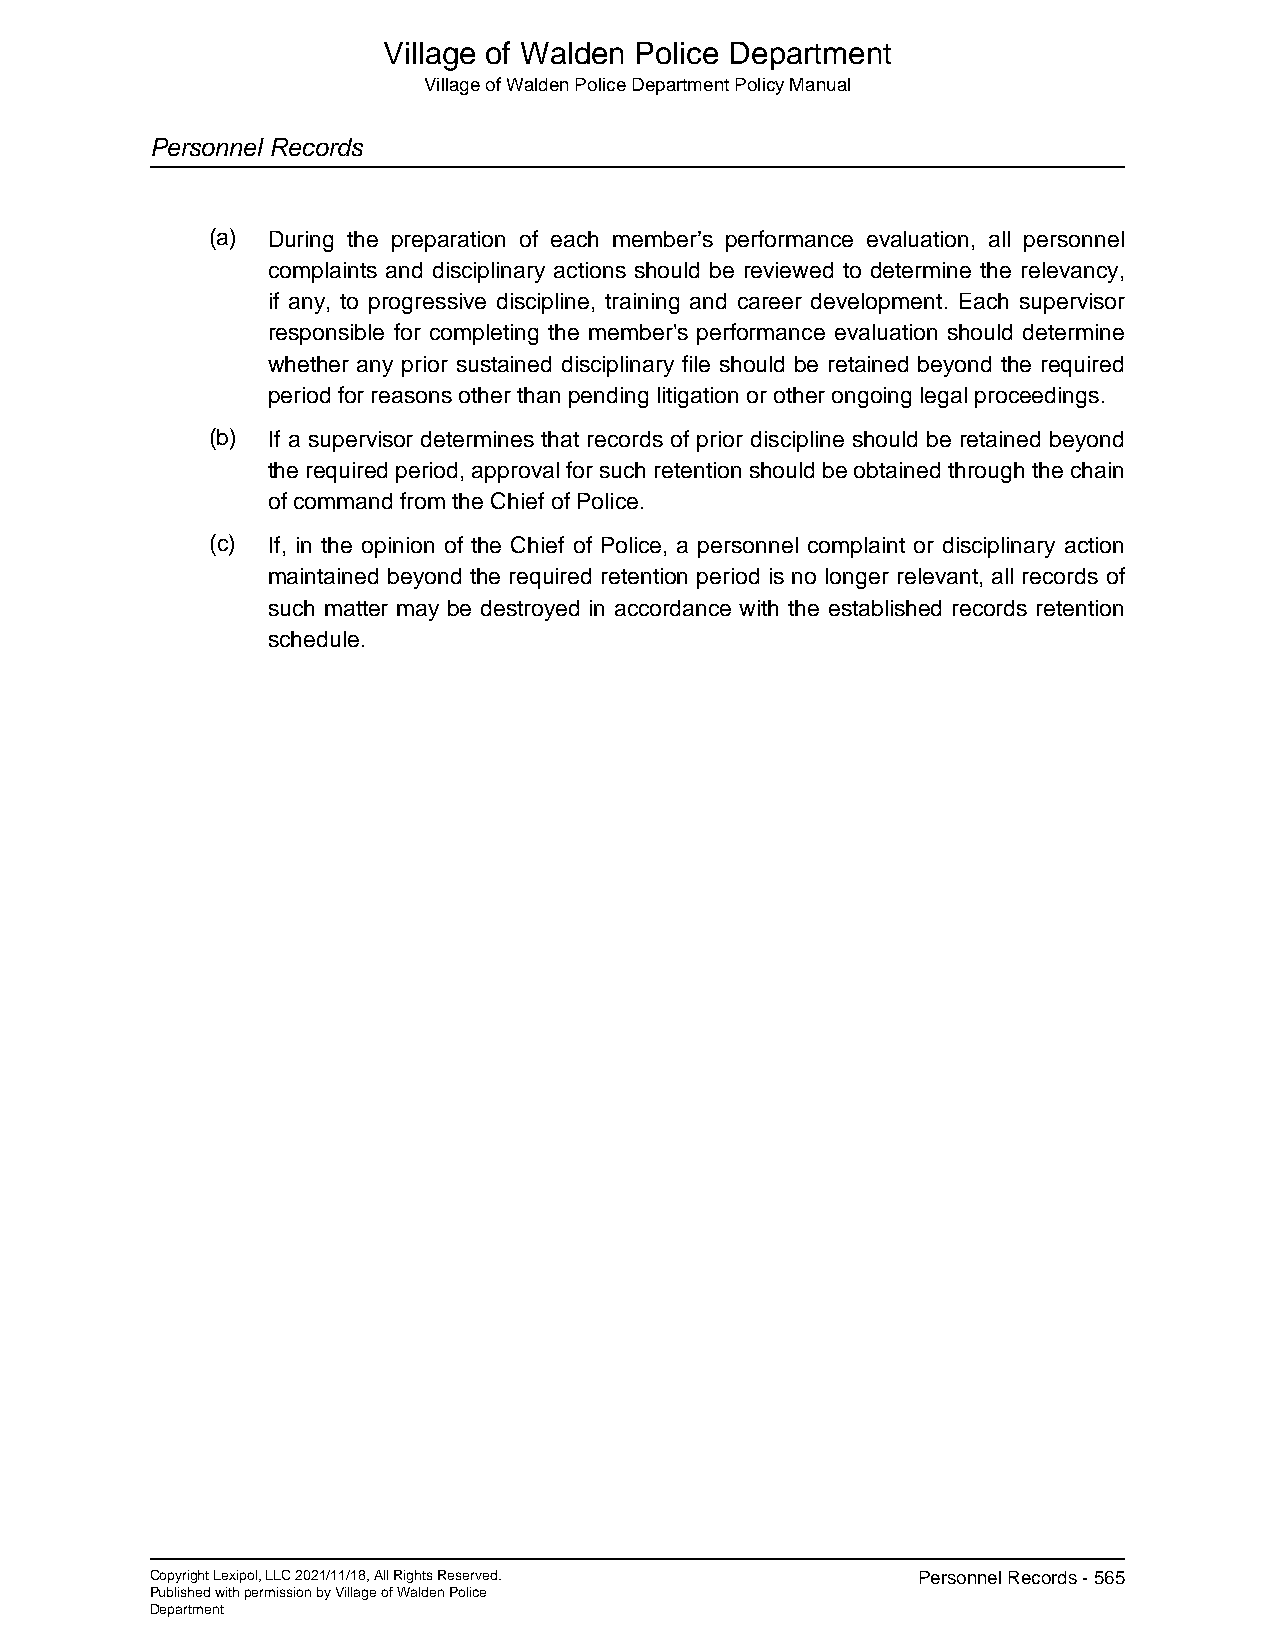
Village of Walden Police Department
 Village of Walden Police Department Policy Manual
 Personnel Records
 (a) During the preparation of each member’s performance evaluation, all personnel
 complaints and disciplinary actions should be reviewed to determine the relevancy,
 if any, to progressive discipline, training and career development. Each supervisor
 responsible for completing the member's performance evaluation should determine
 whether any prior sustained disciplinary file should be retained beyond the required
 period for reasons other than pending litigation or other ongoing legal proceedings.
 (b) If a supervisor determines that records of prior discipline should be retained beyond
 the required period, approval for such retention should be obtained through the chain
 of command from the Chief of Police.
 (c) If, in the opinion of the Chief of Police, a personnel complaint or disciplinary action
 maintained beyond the required retention period is no longer relevant, all records of
 such matter may be destroyed in accordance with the established records retention
 schedule.
 Copyright Lexipol, LLC 2021/11/18, All Rights Reserved. Personnel Records - 565
 Published with permission by Village of Walden Police
 Department